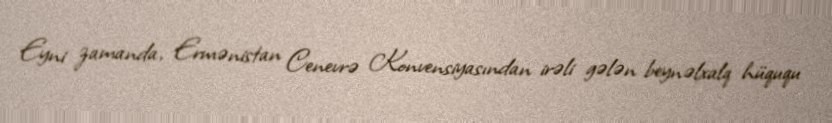
Eyni zamanda, Ermənistan Cenevrə Konvensiyasından irəli gələn beynəlxalq hüququ